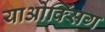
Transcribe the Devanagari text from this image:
याओक्सिंग